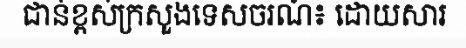
ជាន់ខ្ពស់ក្រសួងទេសចរណ៍៖ ដោយសារ